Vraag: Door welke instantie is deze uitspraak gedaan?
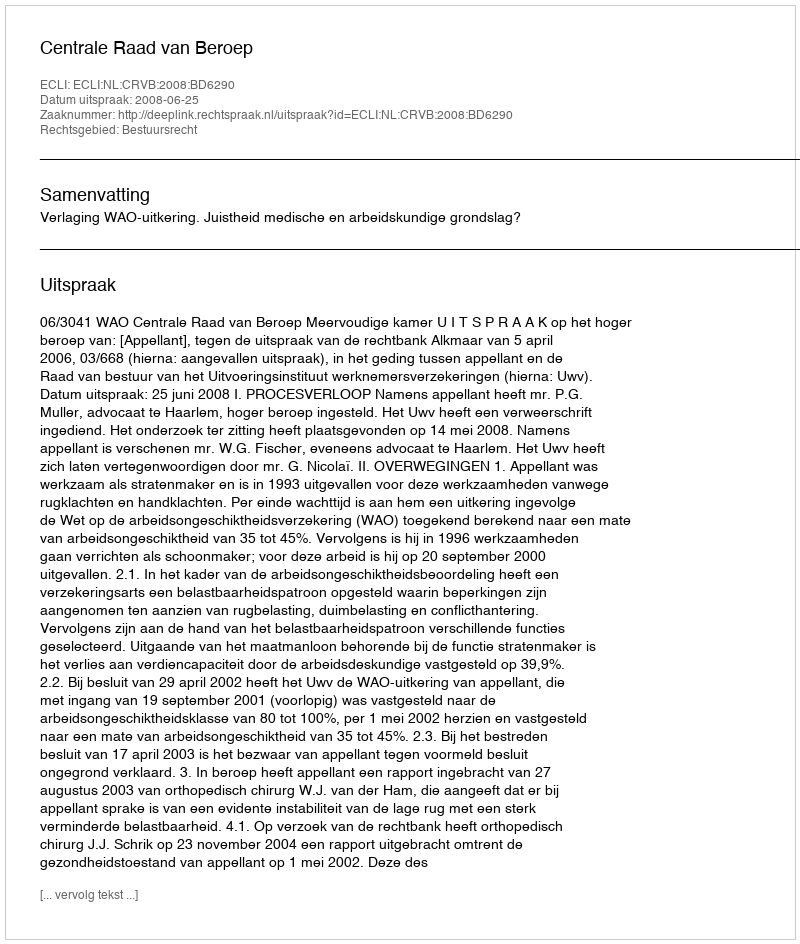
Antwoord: Centrale Raad van Beroep